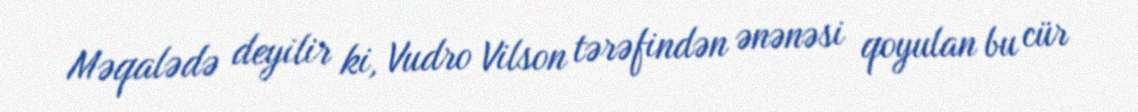
Məqalədə deyilir ki, Vudro Vilson tərəfindən ənənəsi qoyulan bu cür